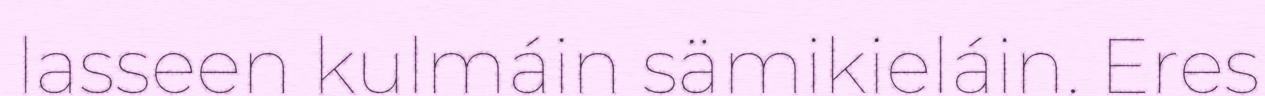
lasseen kulmáin sämikieláin. Eres